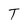
Character: T